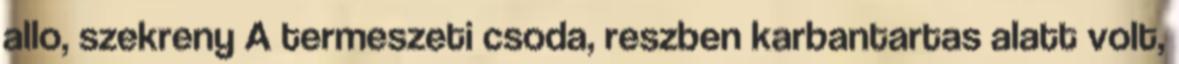
allo, szekreny A termeszeti csoda, reszben karbantartas alatt volt,